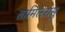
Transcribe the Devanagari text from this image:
तामिलरासु